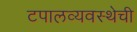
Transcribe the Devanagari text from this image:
टपालव्यवस्थेची